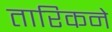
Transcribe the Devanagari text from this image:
तारिकने